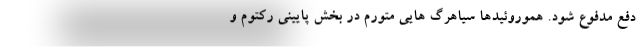
دفع مدفوع شود. هموروئیدها سیاهرگ هایی متورم در بخش پایینی رکتوم و